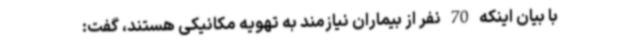
با بیان اینکه 70 نفر از بیماران نیازمند به تهویه مکانیکی هستند، گفت: